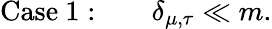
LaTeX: \mathrm{Case\ 1:}\qquad\delta_{\mu,\tau}\ll m.